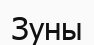
Зуны